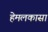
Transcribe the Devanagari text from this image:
हेमलकासा